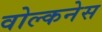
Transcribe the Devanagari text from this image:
वोल्कनेस